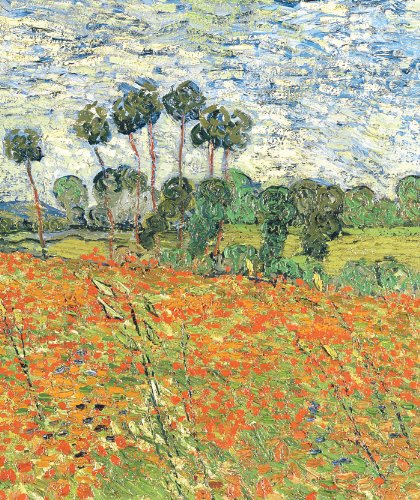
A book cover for Raven Biology of Plants; Ray F. Evert; Science & Math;